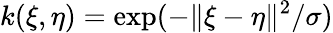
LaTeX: k(\xi,\eta)=\exp(-\| \xi-\eta\| ^{2}/\sigma)